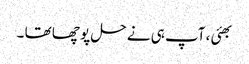
بھئی ، آپ ہی نے حل پو چھا تھا ۔